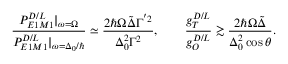
\frac { P _ { E 1 M 1 } ^ { D / L } | _ { \omega = \Omega } } { P _ { E 1 M 1 } ^ { D / L } | _ { \omega = \Delta _ { 0 } / \hbar } } \simeq \frac { 2 \hbar \Omega \tilde { \Delta } \Gamma ^ { ^ { \prime } 2 } } { \Delta _ { 0 } ^ { 2 } \Gamma ^ { 2 } } , \qquad \frac { g _ { T } ^ { D / L } } { g _ { O } ^ { D / L } } \gtrsim \frac { 2 \hbar \Omega \tilde { \Delta } } { \Delta _ { 0 } ^ { 2 } \cos { \theta } } .